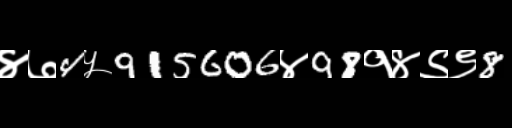
Text: ४७4५915606४98१४९९8